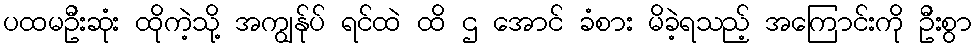
ပထမဦးဆုံး ထိုကဲ့သို့ အကျွန်ုပ် ရင်ထဲ ထိ ဌ အောင် ခံစား မိခဲ့ရသည့် အကြောင်းကို ဦးစွာ